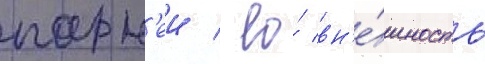
парн'еи / ео́ вн'е́шность